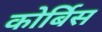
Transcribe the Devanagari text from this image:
कोर्बिस